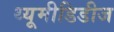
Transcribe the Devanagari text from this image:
थ्यूमीडिडीज